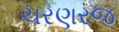
ચરણરજ